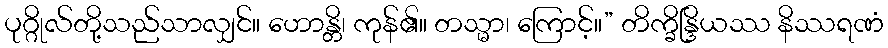
ပုဂ္ဂိုလ်တို့သည်သာလျှင်။ ဟောန္တိ၊ ကုန်၏။ တသ္မာ၊ ကြောင့်။” တိက္ခိန္ဒြိယဿ နိဿရဏံ